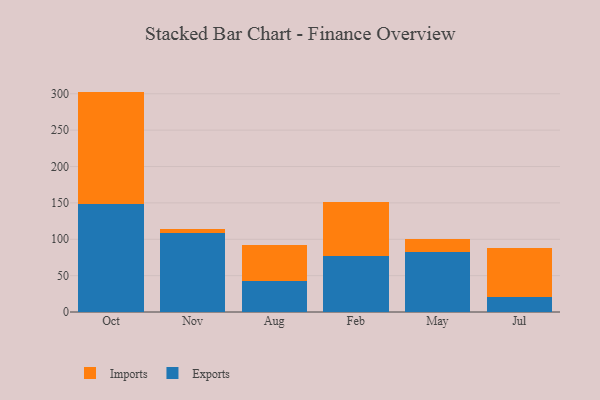
{"axis": {"x": "Month", "y": "Temperature (°C)"}, "legend": ["Exports", "Imports"], "data": [{"x": "Oct", "y": 148.8, "type": "Exports"}, {"x": "Oct", "y": 154.2, "type": "Imports"}, {"x": "Nov", "y": 108.2, "type": "Exports"}, {"x": "Nov", "y": 5.6, "type": "Imports"}, {"x": "Aug", "y": 43.2, "type": "Exports"}, {"x": "Aug", "y": 48.5, "type": "Imports"}, {"x": "Feb", "y": 76.9, "type": "Exports"}, {"x": "Feb", "y": 74.6, "type": "Imports"}, {"x": "May", "y": 82.5, "type": "Exports"}, {"x": "May", "y": 18.2, "type": "Imports"}, {"x": "Jul", "y": 20.3, "type": "Exports"}, {"x": "Jul", "y": 68.3, "type": "Imports"}]}